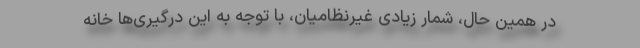
در همین حال، شمار زیادی غیرنظامیان، با توجه به این درگیری‌ها خانه